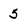
Character: 5